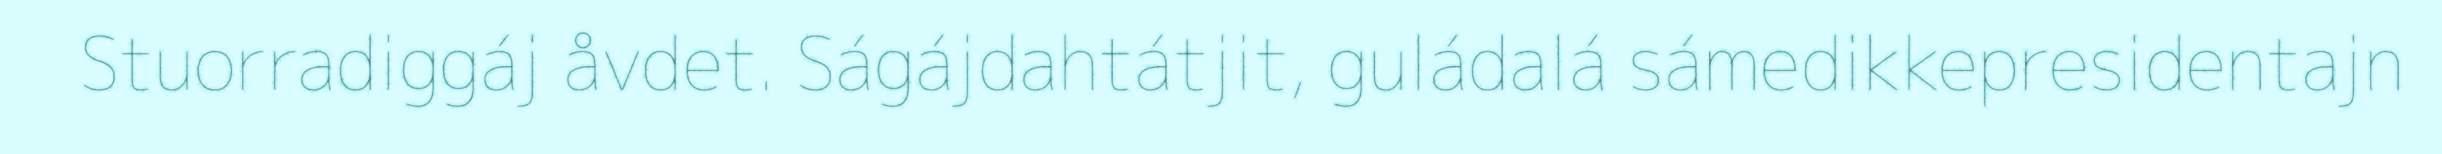
Stuorradiggáj åvdet. Ságájdahtátjit, guládalá sámedikkepresidentajn